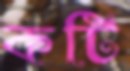
কটি